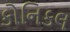
કોનિકલ